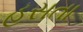
હસતા